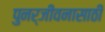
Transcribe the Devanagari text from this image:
पुनर्जीवनासाठी